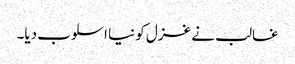
غالب نے غزل کو نیا اسلوب دیا۔